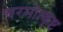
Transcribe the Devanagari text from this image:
चरमोत्कृष्ट